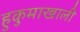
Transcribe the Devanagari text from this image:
हुकुमाखाली